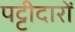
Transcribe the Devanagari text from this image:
पट्टीदारों